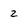
Character: z